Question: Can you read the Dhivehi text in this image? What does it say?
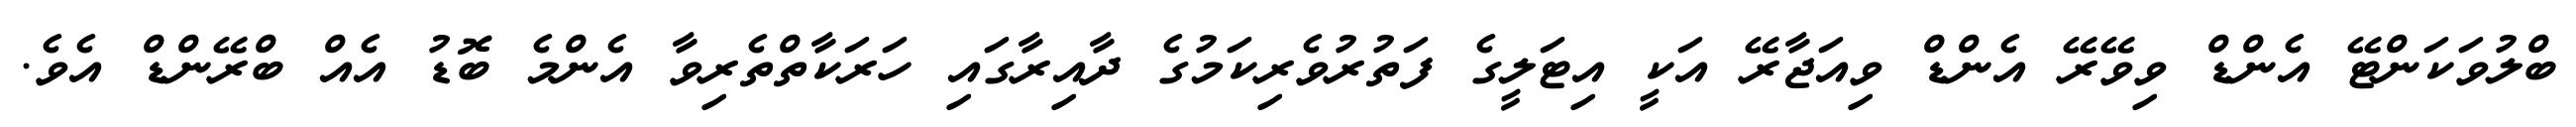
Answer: ބްލުވަކަންޓޭ އެންޑް ވިވޭރޭ އެންޑް ވިއަޖާރޭ އަކީ އިޓަލީގެ ފަތުރުވެރިކަމުގެ ދާއިރާގައި ހަރަކާތްތެރިވާ އެންމެ ބޮޑު އެއް ބްރޭންޑް އެވެ.